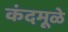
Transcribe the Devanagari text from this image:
कंदमूळे